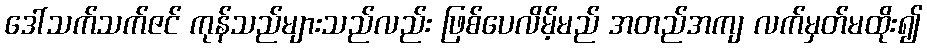
ဒေါ်သက်သက်ဇင် ကုန်သည်များသည်လည်း ဖြစ်ပေလိမ့်မည် အတည်အကျ လက်မှတ်မထိုး၍